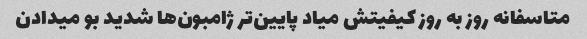
متاسفانه روز به روز کیفیتش میاد پایین‌تر ژامبون‌ها شدید بو میدادن